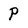
Character: P